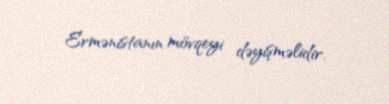
Ermənistanın mövqeyi dəyişməlidir.